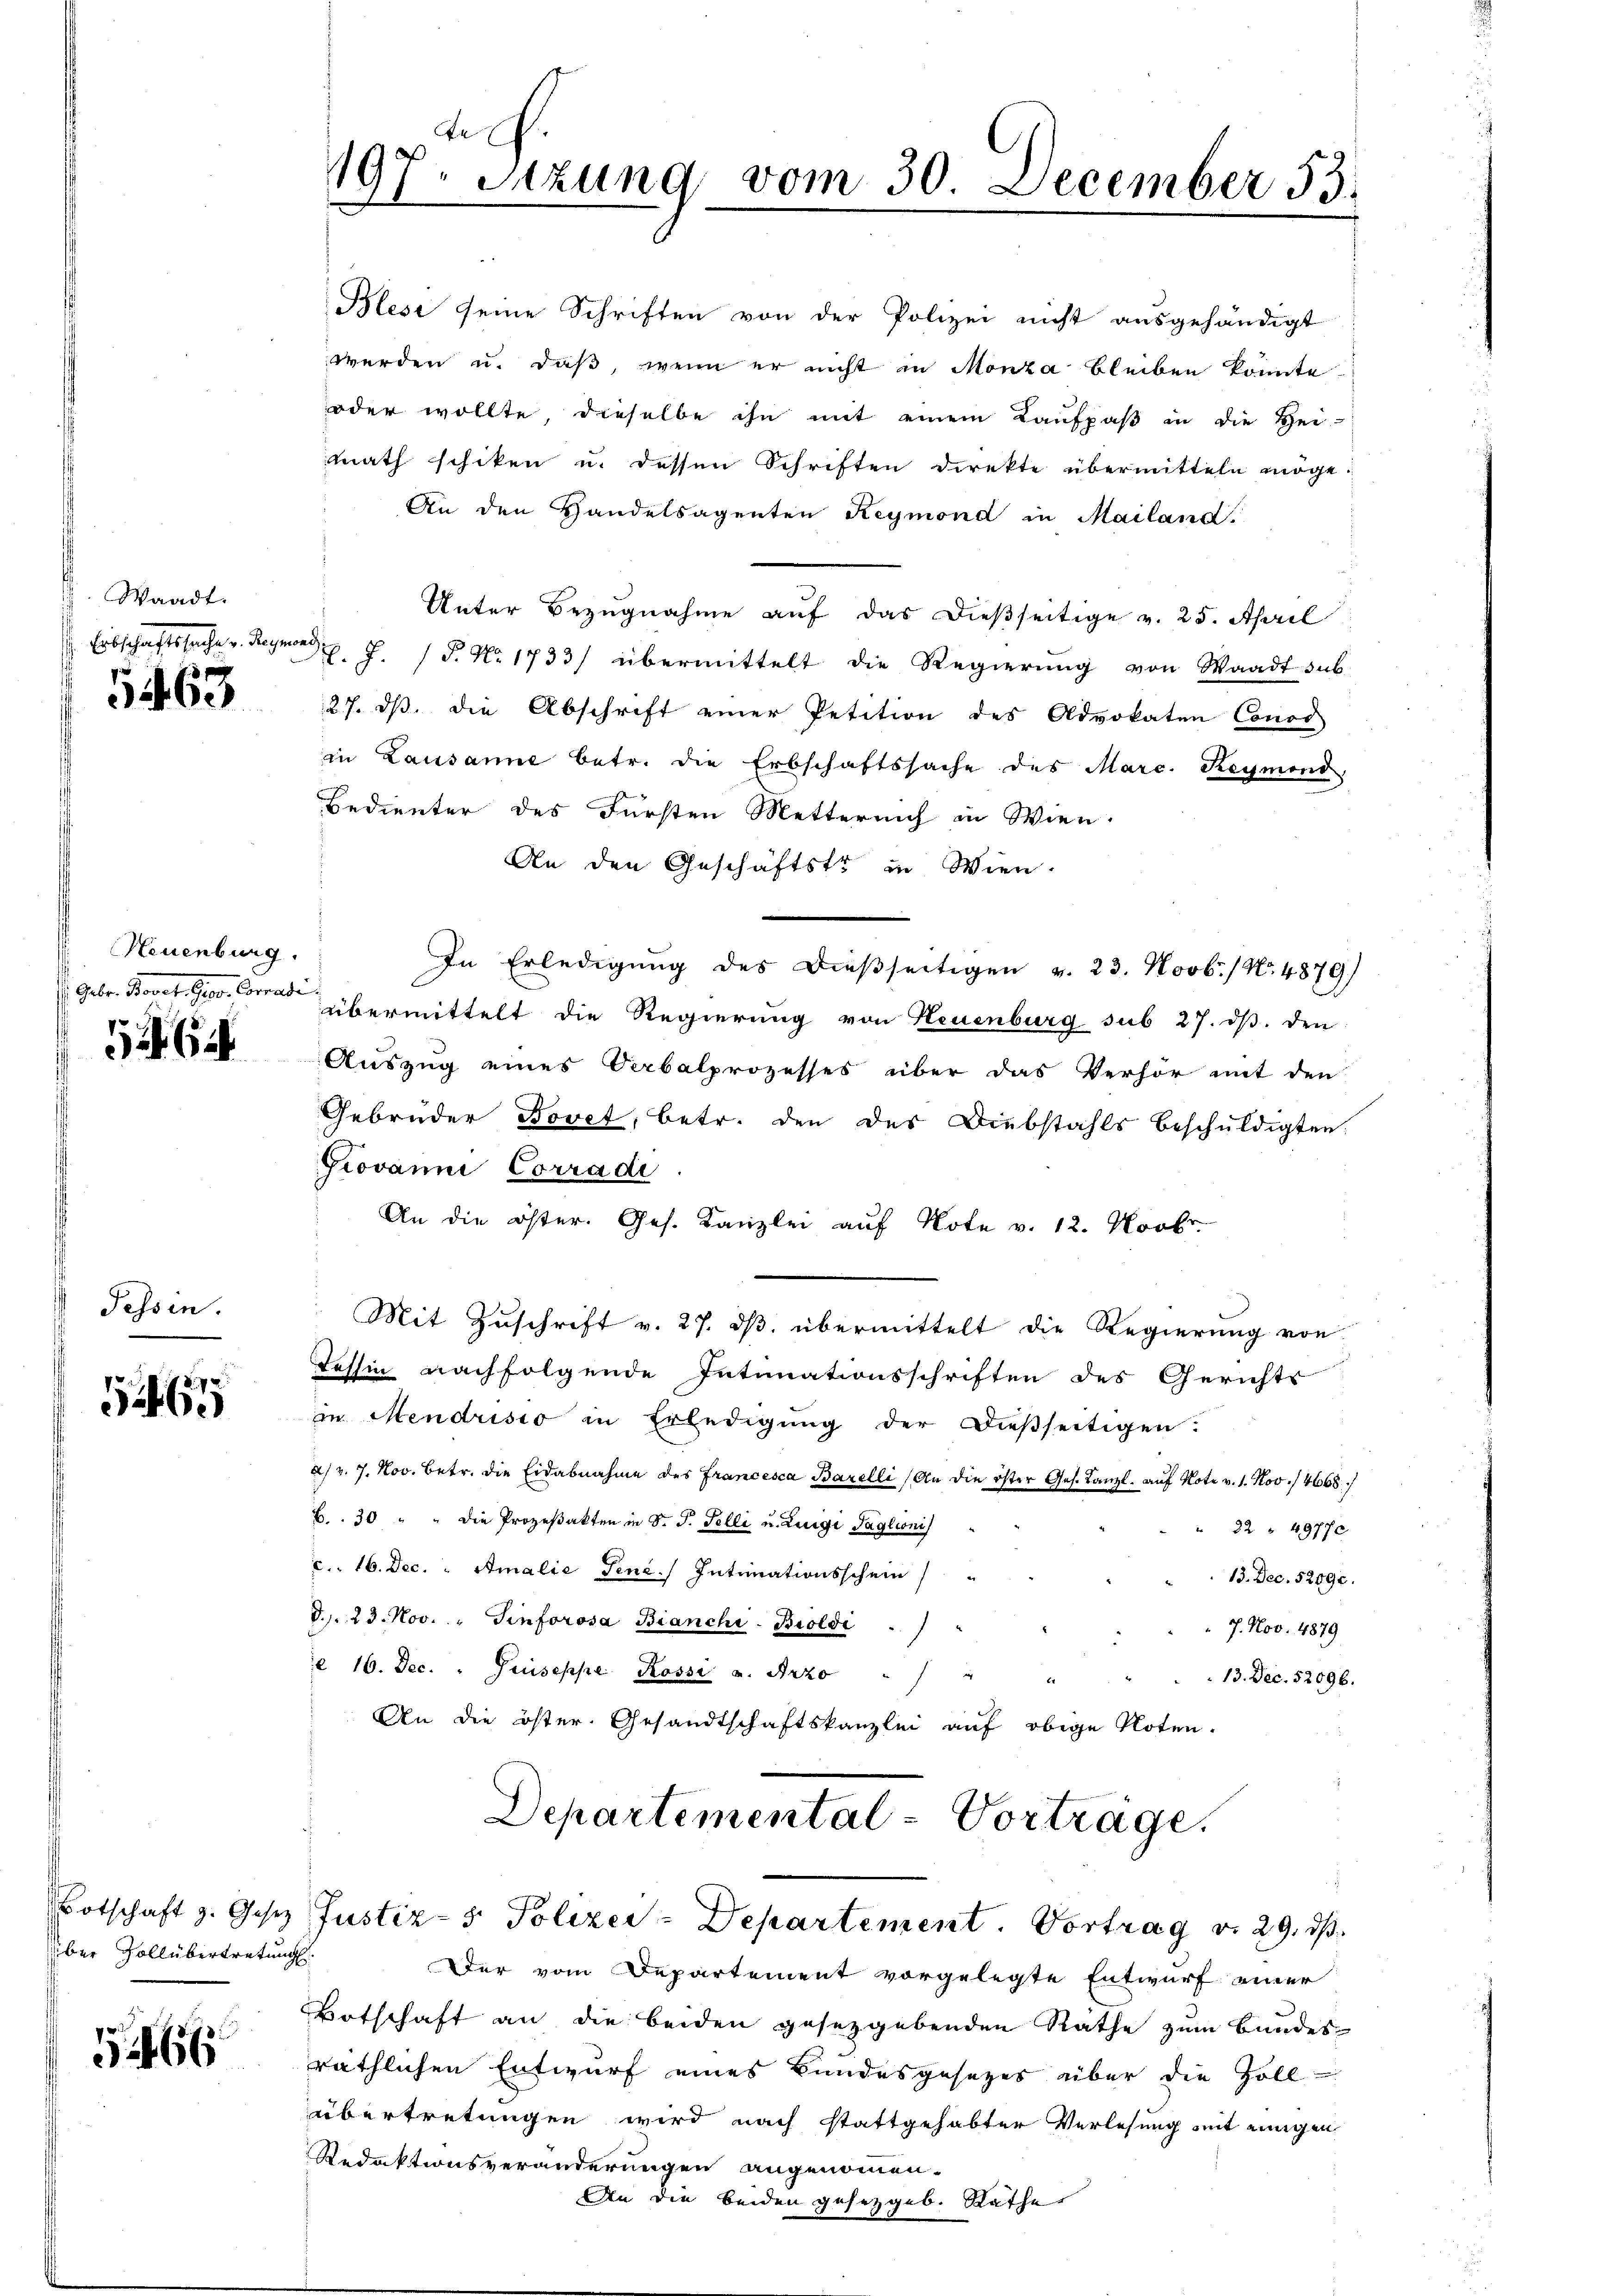
. Waadt.

5463

Neuenburg.
. Febr. Bovet Ger. Conradi
5464

Tessin.

6

über Vollübertretung

66

Blesi seine Schriften von der Polizei nicht ausgehändigt
werden u. daß, wenn er nicht in Monza bleiben konnte.
oder wollte, dieselbe ihn mit einem Kaufpaß in die Hei-
math schiken u. dessen Schriften direkte übermitteln möge.
An den Handelsagenten Reymond in Mailand.
Unter Bezugnahme auf das dießseitige v. 25. April
 Erbschaftssache v. Reymond. J. P. Nr. 1733) übermittelt die Regierŭng von Waadt sub-
27. ds. die Abschrift einer Petition des Advokaten Conci
in Lausanne betr. die Erbschaftssache des Marc. Reymond,
Bedienter des Fürsten Mettereich in Wien.
An den Geschäftstr in Wien.
In Erledigung des dießseitigen v. 23. Novb./ No. 4879)
übermittelt die Regierung von Neuenburg sub 27. ds. den
Auszug eines Oerbalprozesses über das Verhör mit den
Gebrüder Bovet, betr. den der Diebstahls beschuldigten.
Grovanni Corradi
An die öster. Ges. Kanzlei auf Note v. 12. Novbr.
Mit Zuschrift v. 27. dβ übermittelt die Regierung von
Tessin nachfolgende Intimationsschriften des Gerichts
in Mendrisio in Erledigung der dießseitigen:
a) v. 7. Nov. Betr. die Eidabnahme des Francesca Barelli (An die öster Ges. Kanzl. auf Note v. 1. Nov. 14668/
B.. 30 " " die Prozeßakten in S. J. Felli u. Luigi Taglioni
22 " 49770
c.. 16. Dec. " Amalie Tene. Intimationsschein
13. Dec. 5289.
D.. 23. Nov. " Sinforosa Bianchi-Broldi
7. Nov. 1879
e 16. Dec. " Priseppe Rossi u. Arzo " " "
13. Dec. 52096.
x
An die öster. Gesandtschaftskanzlei auf obige Noten.
Departemental - Vorträge.

be.
197. Sitzung vom 30. December 53.

Botschaft z. Gesetz Justiz- & Polizei-Departement. Vortrag v. 29. ds.

Der vom Departement vorgelegte Entwurf einer
Botschaft an die beiden gesetzgebenden Rathe zum Bundes-
räthlichen Entwurf eines Bundesgesetzes über die Zoll-
übertretungen wird nach stattgehabter Verlesung mit einigen
Redaktionsveränderungen angenommen.
An die beiden gesetzgeb. Rathe